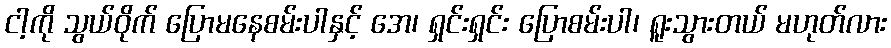
ငါ့ကို သွယ်ဝိုက် ပြောမနေစမ်းပါနှင့် အေ၊ ရှင်းရှင်း ပြောစမ်းပါ၊ ရူးသွားတယ် မဟုတ်လား